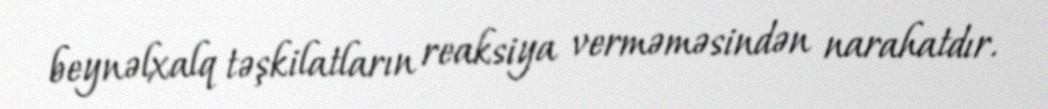
beynəlxalq təşkilatların reaksiya verməməsindən narahatdır.